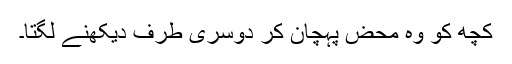
کچھ کو وہ محض پہچان کر دوسری طرف دیکھنے لگتا۔